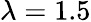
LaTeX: \lambda=1.5